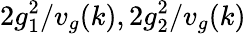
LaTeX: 2g_{1}^{2}/v_{g}(k),2g_{2}^{2}/v_{g}(k)